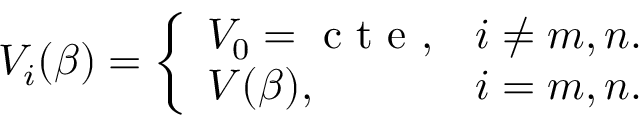
V _ { i } ( \beta ) = \left\{ \begin{array} { l l } { V _ { 0 } = \mathrm { ~ c ~ t ~ e ~ } , } & { i \neq m , n . } \\ { V ( \beta ) , } & { i = m , n . } \end{array} \right.